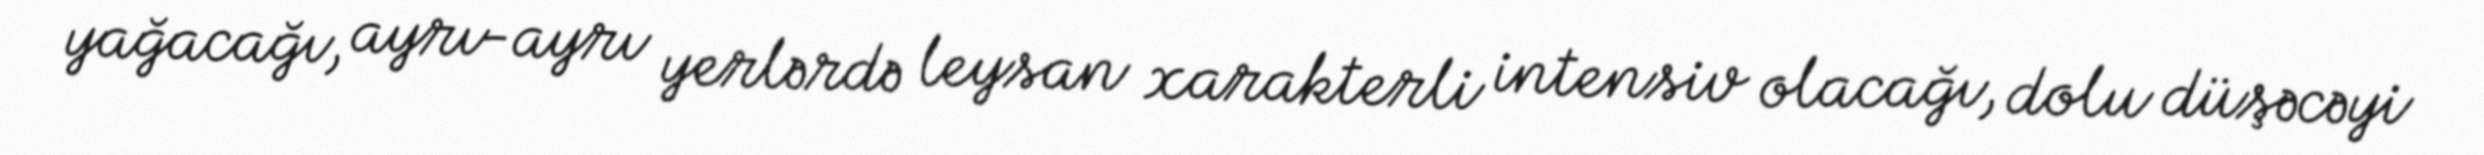
yağacağı, ayrı-ayrı yerlərdə leysan xarakterli intensiv olacağı, dolu düşəcəyi